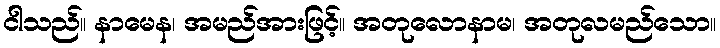
ငါသည်။ နာမေန၊ အမည်အားဖြင့်။ အတုလောနာမ၊ အတုလမည်သော။